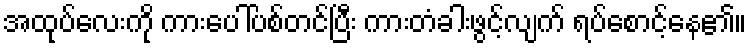
အထုပ်လေးကို ကားပေါ်ပစ်တင်ပြီး ကားတံခါးဖွင့်လျက် ရပ်စောင့်နေ၏။